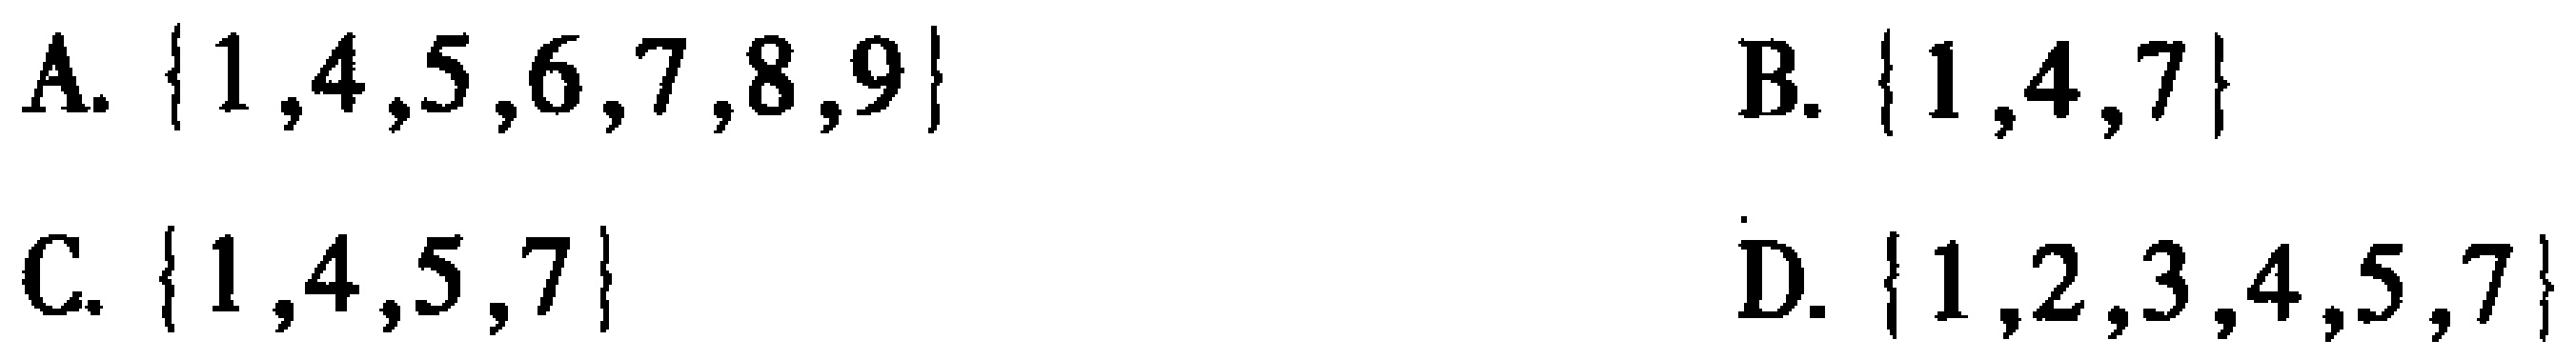
A. $\{1,4,5,6,7,8,9\}$
B. $\{1,4,7\}$
C. $\{1,4,5,7\}$
D. $\{1,2,3,4,5,7\}$